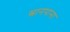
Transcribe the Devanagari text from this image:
स्नानपाना